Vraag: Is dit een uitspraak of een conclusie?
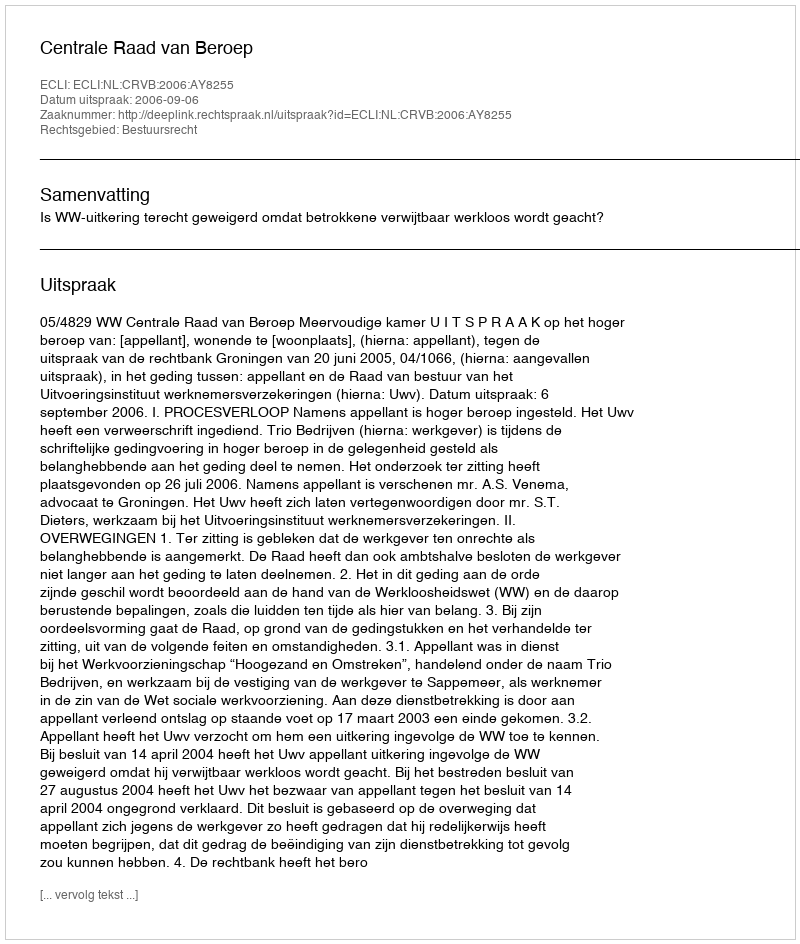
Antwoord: Uitspraak